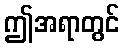
ဤအရာတွင်